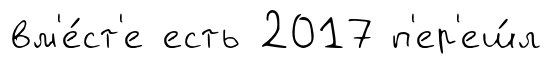
вм'е́ст'е есть 2017 п'ер'еш́л